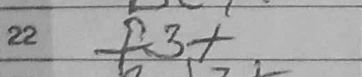
Transcription: f3+